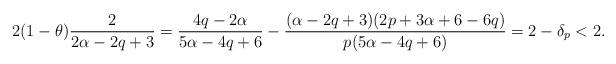
LaTeX: \begin{align*}2(1-\theta)\frac{2}{2\alpha-2q+3}=\frac{4q-2\alpha}{5\alpha-4q+6}-\frac{(\alpha-2q+3)(2p+3\alpha+6-6q)}{p(5\alpha-4q+6)}=2-\delta_{p}<2.\end{align*}